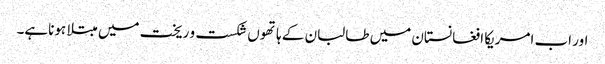
اور اب امریکا افغانستان میں طالبان کے ہاتھوں شکست و ریخت میں مبتلا ہوناہے۔